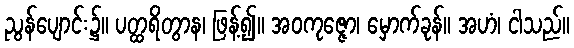
ညွန်ပျောင်း၌။ ပတ္ထရိတွာန၊ ဖြန့်၍။ အဝကုဇ္ဇော၊ မှောက်ခုန်။ အဟံ၊ ငါသည်။